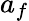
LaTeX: a_{f}